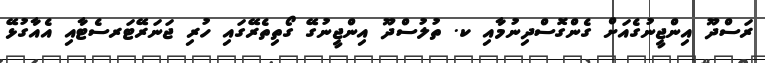
ރަސްދޫ އިންޖީނުގެއަށް ގެންގޮސްދިނުމާއި ކ. ތުލުސްދޫ އިންޖީނުގޭ ގޯތިތެރޭގައި ހުރި ޖަނަރޭޓަރސެޓާއި އެއާގުޅޭ